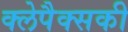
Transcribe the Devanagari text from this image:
क्लेपैक्सकी